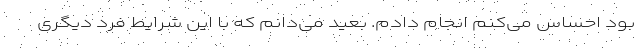
بود احساس می‌کنم انجام دادم. بعید می‌دانم که با این شرایط فرد دیگری